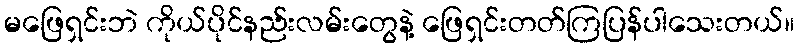
မဖြေရှင်းဘဲ ကိုယ်ပိုင်နည်းလမ်းတွေနဲ့ ဖြေရှင်းတတ်ကြပြန်ပါသေးတယ်။